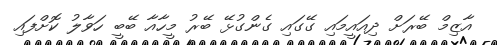
އާޒިމް ބޭރަށް ދިއައީމައި ގޭގައި ގެންގުޅޭ ބޭރު މީހާއާ ބޭބީ ހަވާލު ކޮށްފައި